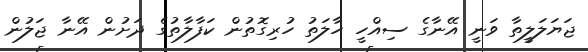
ޖަޔަލަލީތާ ވަނީ އޭނާގެ ސިއްހީ ހާލަތު ހުރިގޮތުން ކަފާލާތުގެ ދަށުން އޭނާ ޖަލުން